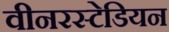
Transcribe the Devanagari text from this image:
वीनरस्टेडियन